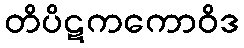
တိပိဋကကောဝိဒ